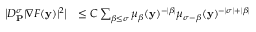
\begin{array} { r l } { \big | D _ { \mathbf { P } } ^ { \boldsymbol { \sigma } } | \nabla F ( \mathbf { y } ) | ^ { 2 } \big | } & { \le C \sum _ { \boldsymbol { \beta } \le \boldsymbol { \sigma } } \mu _ { \boldsymbol { \beta } } ( \mathbf { y } ) ^ { - | \boldsymbol { \beta } | } \mu _ { \boldsymbol { \sigma } - \boldsymbol { \beta } } ( \mathbf { y } ) ^ { - | \boldsymbol { \sigma } | + | \boldsymbol { \beta } | } } \end{array}